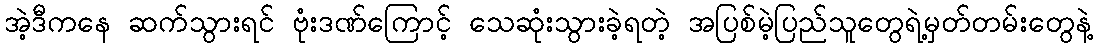
အဲ့ဒီကနေ ဆက်သွားရင် ဗုံးဒဏ်ကြောင့် သေဆုံးသွားခဲ့ရတဲ့ အပြစ်မဲ့ပြည်သူတွေရဲ့မှတ်တမ်းတွေနဲ့